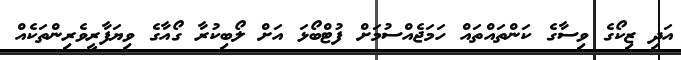
އަދި ޒިކޯގެ ވިސާގެ ކަންތައްތައް ހަމަޖެއްސުމަށް ފުޓްބޯޅަ އަށް ލޯބިކުރާ ގޯއާގެ ވިޔަފާރީވެރިންތަކެއް